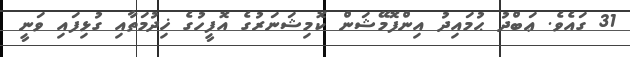
31 ގައެވެ. ޢަބްދު ޙުމައިދު އިންފޮމޭޝަން ކޮމިޝަނަރުގެ އޮފީހުގެ ޚިދުމަތާއި ގުޅިފައި ވަނީ